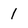
Character: 1